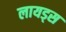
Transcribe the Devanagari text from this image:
लायड्स